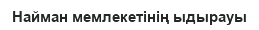
Найман мемлекетінің ыдырауы